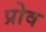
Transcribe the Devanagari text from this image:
प्रोव